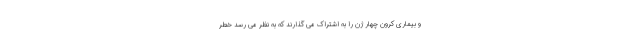
و بیماری کرون چهار ژن را به اشتراک می گذارند که به نظر می رسد خطر